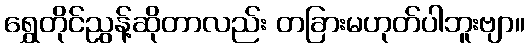
ရွှေတိုင်ညွန့်ဆိုတာလည်း တခြားမဟုတ်ပါဘူးဗျာ။